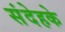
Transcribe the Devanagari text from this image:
संदेहके